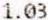
1.03